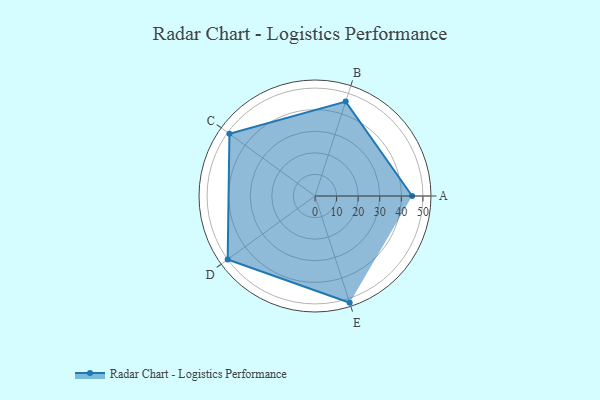
{"axis": {"x": "Skill", "y": "Score"}, "legend": ["Profile"], "data": [{"x": "A", "y": 45.0, "type": "Profile"}, {"x": "B", "y": 46.0, "type": "Profile"}, {"x": "C", "y": 49.0, "type": "Profile"}, {"x": "D", "y": 50.0, "type": "Profile"}, {"x": "E", "y": 52.0, "type": "Profile"}]}